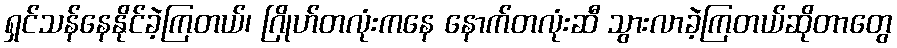
ရှင်သန်နေနိုင်ခဲ့ကြတယ်၊ ဂြိုဟ်တလုံးကနေ နောက်တလုံးဆီ သွားလာခဲ့ကြတယ်ဆိုတာတွေ